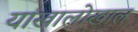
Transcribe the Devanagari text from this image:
यांखालोखाल